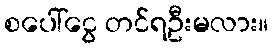
စပေါ်ငွေ တင်ရဦးမလား။